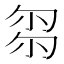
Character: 𠣧